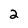
Character: 2